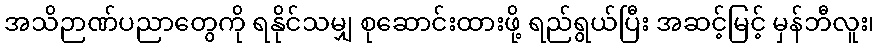
အသိဉာဏ်ပညာတွေကို ရနိုင်သမျှ စုဆောင်းထားဖို့ ရည်ရွယ်ပြီး အဆင့်မြင့် မှန်ဘီလူး၊